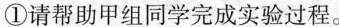
①请帮助甲组同学完成实验过程。